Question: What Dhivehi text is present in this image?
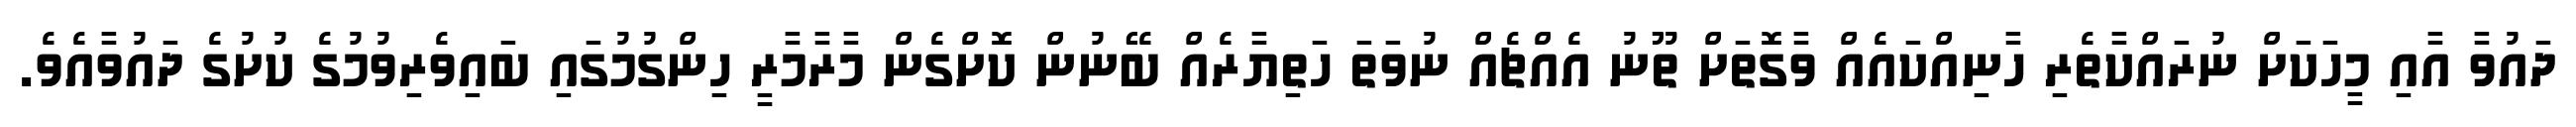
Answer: ދައުވާ އާއި މީހަކަށް ނުރައްކާތެރި ހާނިއްކައެއް ވާގޮތަށް ތޫނު އެއްޗެއް ނުވަތަ ހަތިޔާރެއް ބޭނުން ކޮށްގެން މާރާމާރީ ހިންގުމުގައި ބައިވެރިވުމުގެ ކުށުގެ ދައުވާއެވެ.